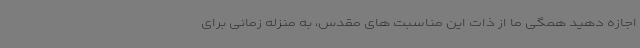
اجازه دهید همگی ما از ذات این مناسبت های مقدس، به منزله زمانی برای